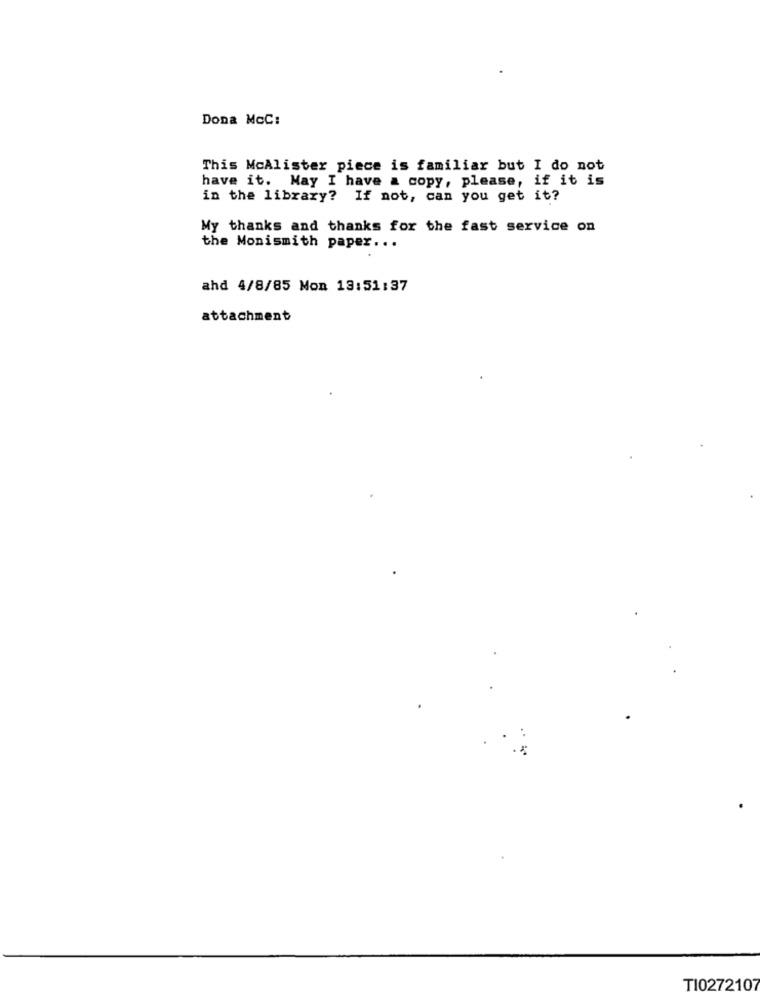
Dona McC:
This McAlister piece is familiar but I do not
have it. May I have a copy, please, if it is
in the library? If not, can you get it?
My thanks and thanks for the fast service on
the Monismith paper ...
ahd 4/8/85 Mon 13:51:37
attachment
TI0272107